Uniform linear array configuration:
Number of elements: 12
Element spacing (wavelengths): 0.75
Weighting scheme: binomial
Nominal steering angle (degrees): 0
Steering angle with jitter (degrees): -0.6348
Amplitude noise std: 0.05
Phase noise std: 0.05

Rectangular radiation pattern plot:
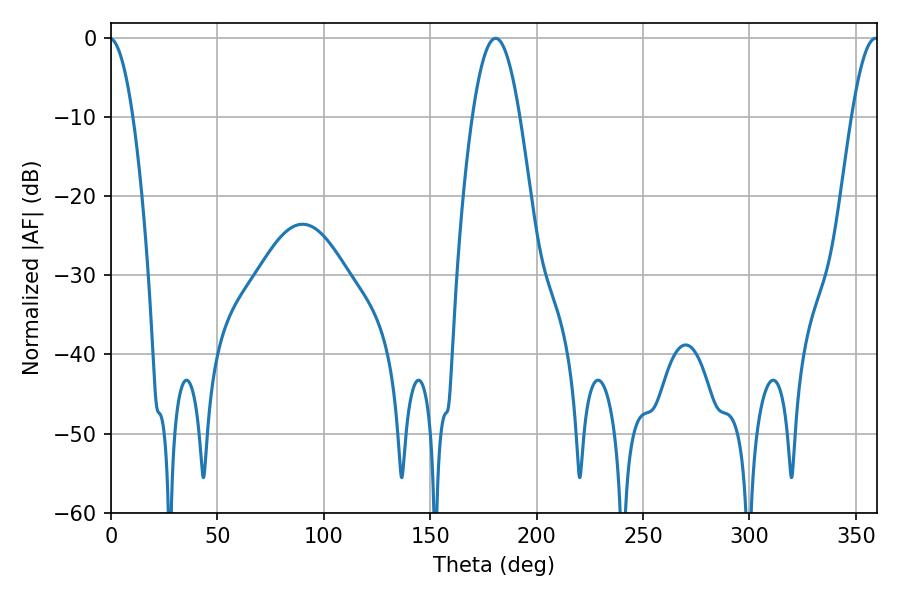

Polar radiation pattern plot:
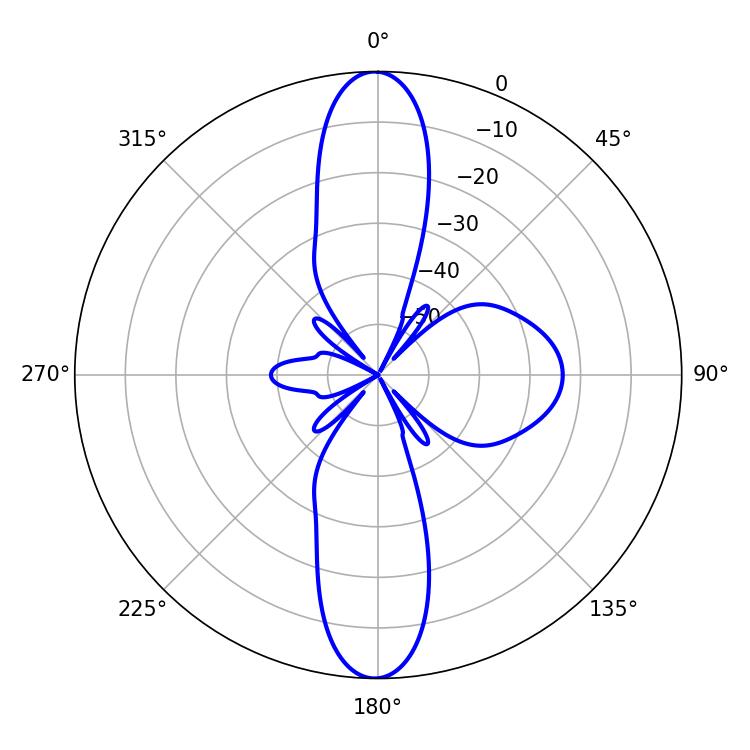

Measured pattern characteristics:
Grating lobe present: TRUE
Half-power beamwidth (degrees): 12.06
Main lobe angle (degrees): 180.72